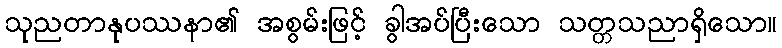
သုညတာနုပဿနာ၏ အစွမ်းဖြင့် ခွါအပ်ပြီးသော သတ္တသညာရှိသော။